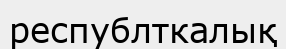
республткалық